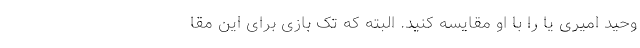
وحید امیری یا را با او مقایسه کنید. البته که تک بازی برای این مقا